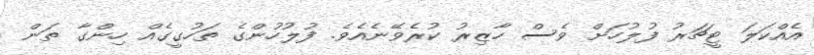
އެއްކަލަ ޓީޗަރު ފުލުހަށް ވެސް ހާޒިރު ކުރެވޭނެއެވެ. ފުލުހުންގެ ތަހުގީގެއް ހިންގާ ތަން